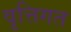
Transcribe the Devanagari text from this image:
वृत्तिगत